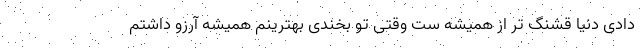
دادی دنیا قشنگ تر از همیشه ست وقتی تو بخندی بهترینم همیشه آرزو داشتم